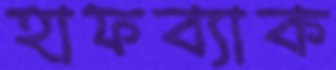
হাফব্যাক